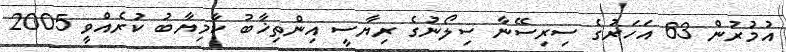
އުމުރުން 63 އަހަރުގެ ސިރިސޭނާ ސިލޯނުގެ ރިޔާސީ އިންތިޚާބު ކާމިޔާބު ކުރެއްވީ 2005